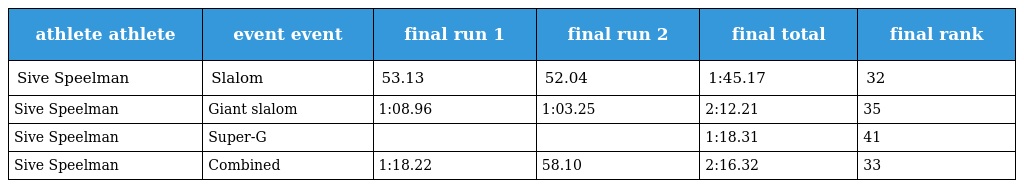
| athlete athlete | event event | final run 1 | final run 2 | final total | final rank |
 | --- | --- | --- | --- | --- | --- |
 | Sive Speelman | Slalom | 53.13 | 52.04 | 1:45.17 | 32 |
 | Sive Speelman | Giant slalom | 1:08.96 | 1:03.25 | 2:12.21 | 35 |
 | Sive Speelman | Super-G |  |  | 1:18.31 | 41 |
 | Sive Speelman | Combined | 1:18.22 | 58.10 | 2:16.32 | 33 |